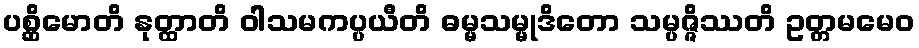
ပစ္ဆိမောတိ နုတ္ထာတိ ဝါသမကပ္ပယီတိ ဓမ္မသမ္မုဒိတော သမ္ပဇ္ဇိဿတိ ဥတ္တမမေဝ